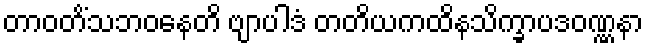
တာဝတိံသဘဝနေတိ ဗျာပါဒံ တတိယကထိနသိက္ခာပဒဝဏ္ဏနာ